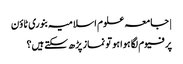
| جامعہ علوم اسلامیہ بنوری ٹاؤن
پرفیوم لگا ہوا ہو تو نماز پڑھ سکتے ہیں؟